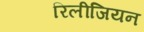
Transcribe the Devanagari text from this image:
रिलीजियन